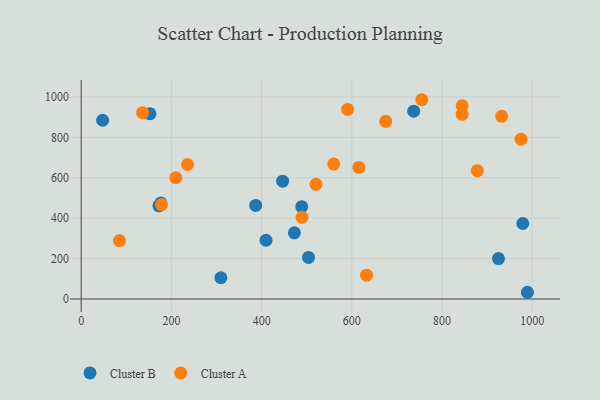
{"axis": {"x": "Ad Spend", "y": "Salary"}, "legend": ["Cluster A", "Cluster B"], "data": [{"x": "172.2", "y": 461.2, "type": "Cluster B"}, {"x": "309.6", "y": 105.1, "type": "Cluster B"}, {"x": "446.5", "y": 583.1, "type": "Cluster B"}, {"x": "47.5", "y": 884.7, "type": "Cluster B"}, {"x": "925.1", "y": 200.1, "type": "Cluster B"}, {"x": "152.4", "y": 917.5, "type": "Cluster B"}, {"x": "503.9", "y": 205.7, "type": "Cluster B"}, {"x": "488.9", "y": 457.1, "type": "Cluster B"}, {"x": "979.0", "y": 373.6, "type": "Cluster B"}, {"x": "737.1", "y": 929.4, "type": "Cluster B"}, {"x": "409.7", "y": 290.7, "type": "Cluster B"}, {"x": "176.6", "y": 475.7, "type": "Cluster B"}, {"x": "989.1", "y": 33.3, "type": "Cluster B"}, {"x": "472.6", "y": 327.4, "type": "Cluster B"}, {"x": "386.7", "y": 463.2, "type": "Cluster B"}, {"x": "844.6", "y": 956.3, "type": "Cluster A"}, {"x": "489.6", "y": 404.3, "type": "Cluster A"}, {"x": "632.6", "y": 117.9, "type": "Cluster A"}, {"x": "520.5", "y": 567.4, "type": "Cluster A"}, {"x": "615.3", "y": 651.0, "type": "Cluster A"}, {"x": "559.9", "y": 667.6, "type": "Cluster A"}, {"x": "878.3", "y": 635.0, "type": "Cluster A"}, {"x": "136.0", "y": 922.1, "type": "Cluster A"}, {"x": "932.2", "y": 904.0, "type": "Cluster A"}, {"x": "235.7", "y": 665.7, "type": "Cluster A"}, {"x": "675.1", "y": 879.3, "type": "Cluster A"}, {"x": "84.9", "y": 289.4, "type": "Cluster A"}, {"x": "209.7", "y": 600.5, "type": "Cluster A"}, {"x": "178.1", "y": 467.5, "type": "Cluster A"}, {"x": "975.1", "y": 791.2, "type": "Cluster A"}, {"x": "844.5", "y": 914.1, "type": "Cluster A"}, {"x": "590.6", "y": 938.4, "type": "Cluster A"}, {"x": "755.1", "y": 986.3, "type": "Cluster A"}]}